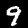
Label: 9